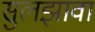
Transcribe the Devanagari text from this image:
सुलझावा